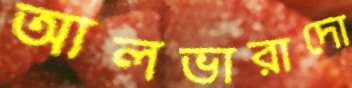
আলভারাদো